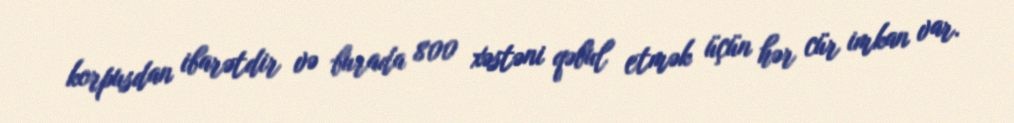
korpusdan ibarətdir və burada 800 xəstəni qəbul etmək üçün hər cür imkan var.